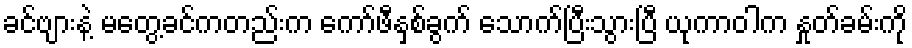
ခင်ဗျားနဲ့ မတွေ့ခင်ကတည်းက ကော်ဖီနှစ်ခွက် သောက်ပြီးသွားပြီ ယုကာဝါက နှုတ်ခမ်းကို